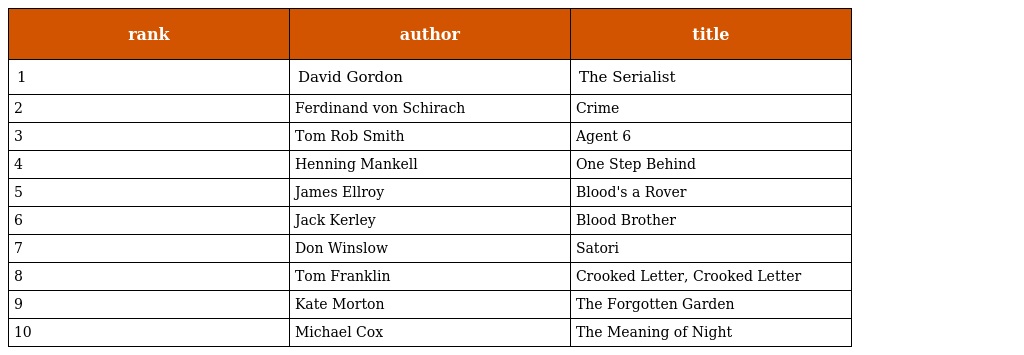
| rank | author | title |
 | --- | --- | --- |
 | 1 | David Gordon | The Serialist |
 | 2 | Ferdinand von Schirach | Crime |
 | 3 | Tom Rob Smith | Agent 6 |
 | 4 | Henning Mankell | One Step Behind |
 | 5 | James Ellroy | Blood's a Rover |
 | 6 | Jack Kerley | Blood Brother |
 | 7 | Don Winslow | Satori |
 | 8 | Tom Franklin | Crooked Letter, Crooked Letter |
 | 9 | Kate Morton | The Forgotten Garden |
 | 10 | Michael Cox | The Meaning of Night |